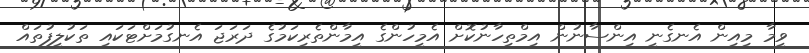
ވީމާ މިއިން އެނގެނީ އިންސާނުން އިމްތިހާނުކޮށް އެމީހުންގެ އީމާންތެރިކަމުގެ ދަރަޖަ އެނގުމަށްޓަކައި ތަކުލީފުތައް